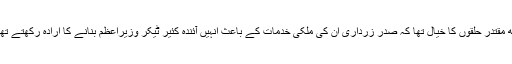
کچھ مقتدر حلقوں کا خیال تھا کہ صدر زرداری اُن کی ملکی خدمات کے باعث اُنہیں آئندہ کئیر ٹیکر وزیراعظم بنانے کا ارادہ رکھتے تھے۔